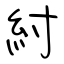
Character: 紂